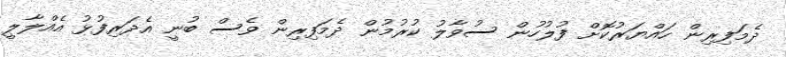
ދެމަަފިރިން ހައްޔަރުކޮށް ފުލުހުން ސުވާލު ކުރުމުން ދެމަފިރިން ވެސް ބުނީ އެދަރިފުޅު އެއްލާލީ